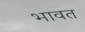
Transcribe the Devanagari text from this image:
भावत